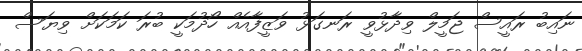
ނައިބު ރައީސް ޖަމީލް ވިދާޅުވީ ރަނގަޅު ވަޒީފާއެއް ހޯދުމަކީ ބުރަ ކަމަކަށް ވިޔަސް